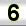
Digit: 3